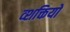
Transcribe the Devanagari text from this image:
व्शक्तियों